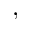
,